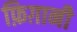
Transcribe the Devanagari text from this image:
फ़िग़ानी